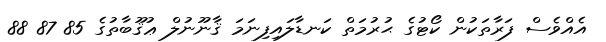
އެއްވެސް ފަރާތަކުން ކޯޓުގެ ޙުރުމަތް ކަނޑާލައިފިނަމަ ޤާނޫނުލް ޢުޤޫބާތުގެ 85 87 88